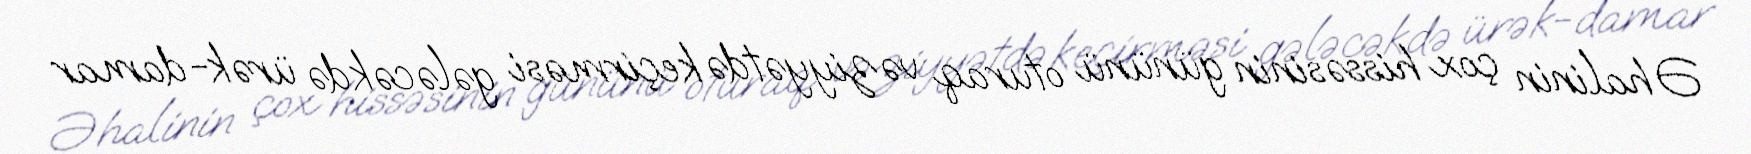
Əhalinin çox hissəsinin gününü oturaq vəziyyətdə keçirməsi gələcəkdə ürək-damar